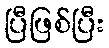
ပြီဖြစ်ပြီး